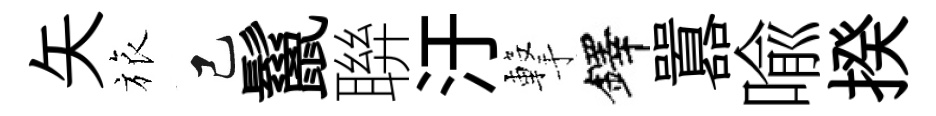
矢旅己鬣聨汙撃鐸囂喩揆